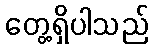
တွေ့ရှိပါသည်